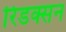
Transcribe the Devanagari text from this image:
रिडक्सन